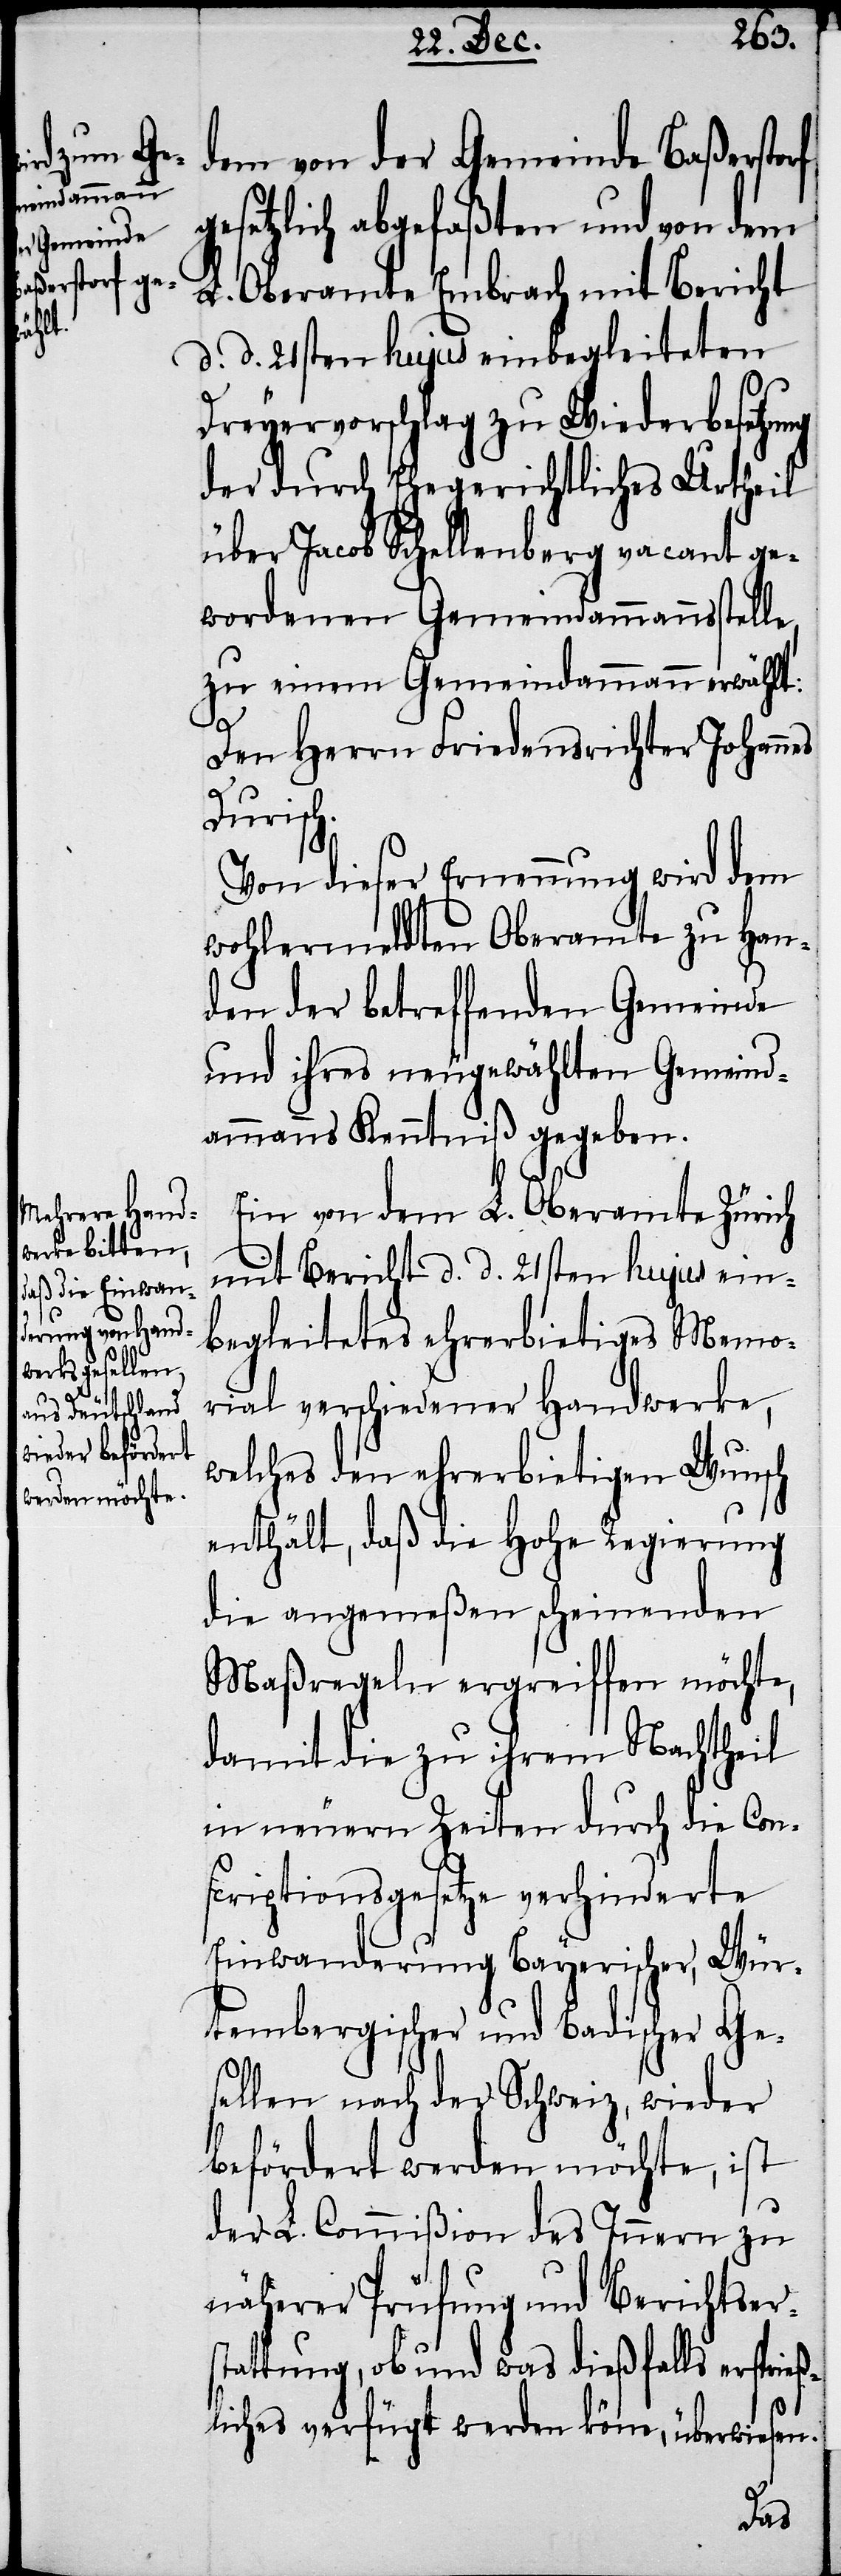
dem von der Gemeinde Baßerstorf
gesetzlich abgefaßten und von dem
L. Oberamte Embrach mit Bericht
d. d. 21sten hujus einbegleiteten
Dreyervoschlag zu Wiederbesetzung
der durch Ehegerichtliches Urtheil
über Jacob Schellenberg vacant ge¬
wordenen Gemeindammannsstelle,
zu einem Gemeindammann erwählt:
Den Herrn Friedensrichter Johannes
Durisch.
Von dieser Ernennung wird dem
wohlermeldten Oberamte zu Han¬
den der betreffenden Gemeinde
und ihres neugewählten Gemeind¬
ammanns Kenntniß gegeben.
Ein von dem L. Oberamte Zürich
mit Bericht d. d. 21sten hujus ein¬
begleitetes ehrerbietiges Memo¬
rial verschiedener Handwerke,
welches den ehrerbietigen Wunsch
enthält, daß die Hohe Regierung
die angemeßen scheinenden
Maßregeln ergreiffen möchte,
damit die zu ihrem Nachtheil
in neuern Zeiten durch die Con¬
scriptionsgesetze verhinderte
Einwanderung Bayerischer, Wür¬
tembergischer und Badischer Ge¬
sellen nach der Schweiz, wieder
befördert werden möchte, ist
der L. Commißion des Innern zu
näherer Prüfung und Berichtsers¬
tattung, ob und was dießfalls ersprie¬
ßliches verfügt werden könne, überwiesen.